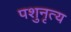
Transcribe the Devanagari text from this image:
पशुनृत्य